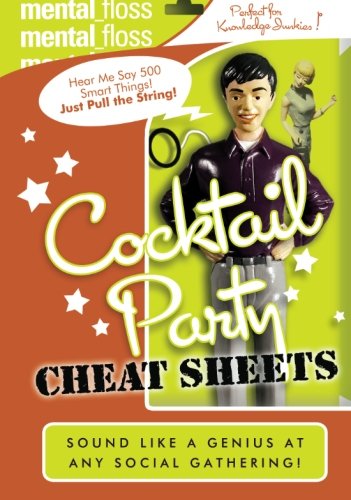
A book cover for Mental Floss: Cocktail Party Cheat Sheets; Editors of Mental Floss; Reference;